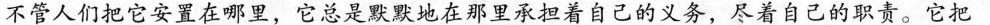
不管人们把它安置在哪里，它总是默默地在那里承担着自己的义务，尽着自己的职责。它把